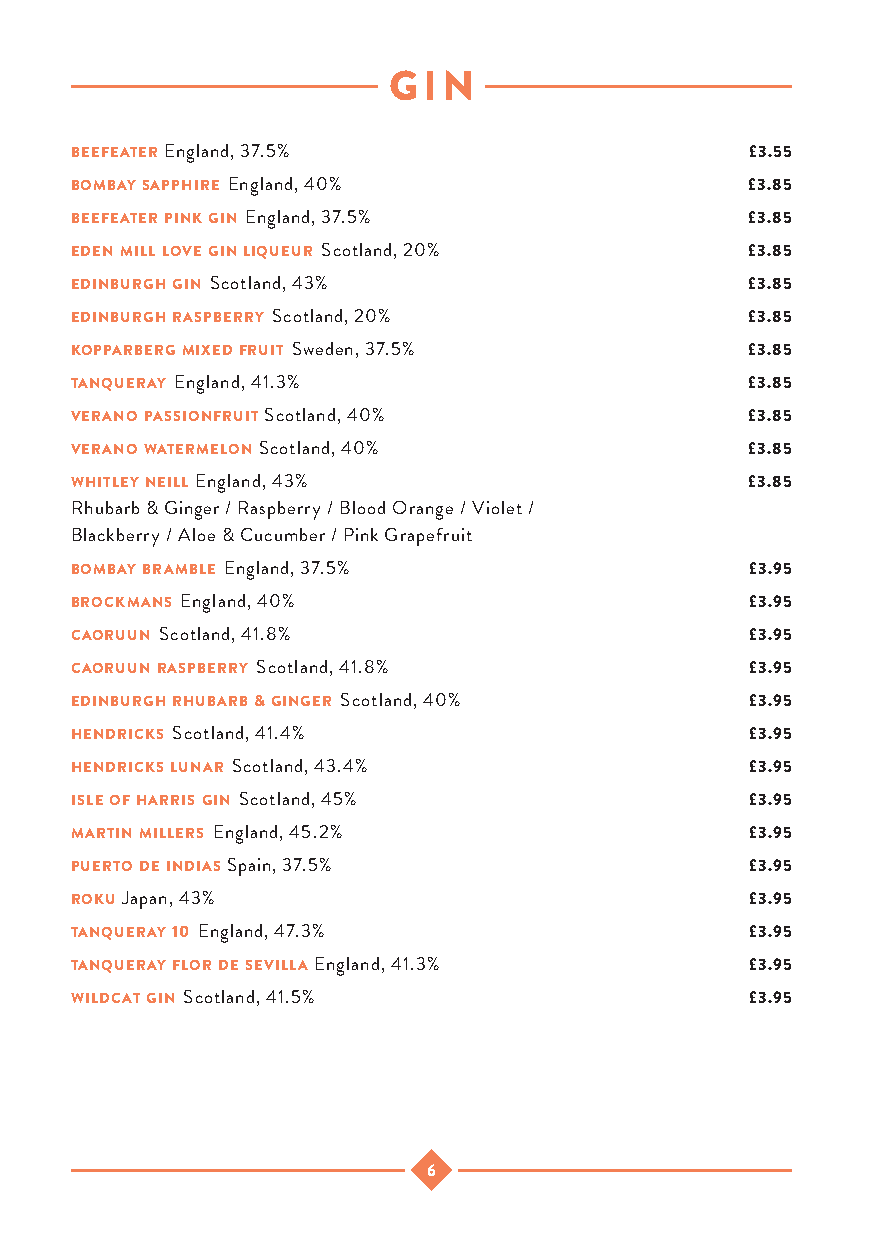
GIN
 beefeater England, 37.5%                     £3.55
 bombay sapphire England, 40%                £3.85
 beefeater pink gin England, 37.5%           £3.85
 eden mill love gin liqueur Scotland, 20%    £3.85
 edinburgh gin Scotland, 43%                 £3.85
 edinburgh raspberry Scotland, 20%           £3.85
 kopparberg mixed fruit Sweden, 37.5%        £3.85
 tanqueray England, 41.3%                    £3.85
 verano passionfruit Scotland, 40%           £3.85
 verano watermelon Scotland, 40%             £3.85
 whitley neill England, 43%                  £3.85
 Rhubarb & Ginger / Raspberry / Blood Orange / Violet /
 Blackberry / Aloe & Cucumber / Pink Grapefruit
 bombay bramble England, 37.5%                £3.95
 brockmans England, 40%                       £3.95
 caoruun Scotland, 41.8%                      £3.95
 caoruun raspberry Scotland, 41.8%            £3.95
 edinburgh rhubarb & ginger Scotland, 40%     £3.95
 hendricks Scotland, 41.4%                    £3.95
 hendricks lunar Scotland, 43.4%              £3.95
 isle of harris gin Scotland, 45%             £3.95
 martin millers England, 45.2%                £3.95
 puerto de indias Spain, 37.5%                £3.95
 roku Japan, 43%                              £3.95
 tanqueray 10 England, 47.3%                  £3.95
 tanqueray flor de sevilla England, 41.3%     £3.95
 wildcat gin Scotland, 41.5%                  £3.95
 6